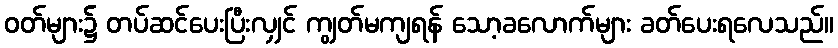
ဝတ်များ၌ တပ်ဆင်ပေးပြီးလျှင် ကျွတ်မကျရန် သော့ခလောက်များ ခတ်ပေးရလေသည်။